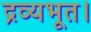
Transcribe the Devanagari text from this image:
द्रव्यभूत।